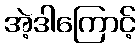
အဲ့ဒါကြောင့်